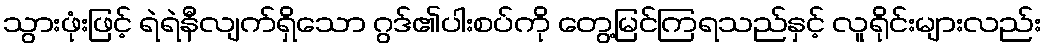
သွားဖုံးဖြင့် ရဲရဲနီလျက်ရှိသော ဂွဒ်၏ပါးစပ်ကို တွေ့မြင်ကြရသည်နှင့် လူရိုင်းများလည်း